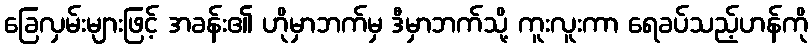
ခြေလှမ်းများဖြင့် အခန်း၏ ဟိုမှာဘက်မှ ဒီမှာဘက်သို့ ကူးလူးကာ ရေခပ်သည့်ဟန်ကို